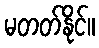
မတတ်နိုင်။